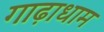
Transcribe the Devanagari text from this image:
गाढ़ाधाम